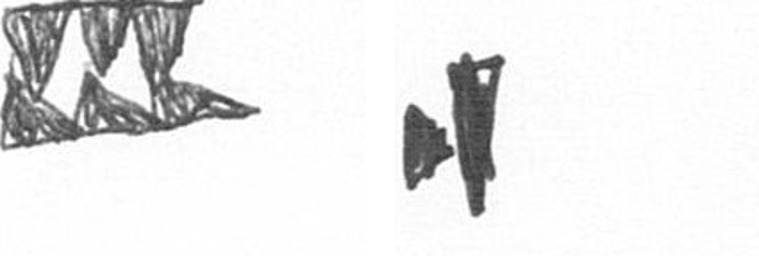
D M